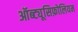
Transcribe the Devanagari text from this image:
ऑब्ट्यूसिफ़ोलियम